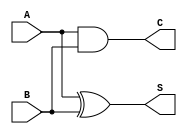
module ha (input A , B, output S, C);
//Structure Modelling
xor(S,A,B);
and(C,A,B);
///

// Data dlow modeling
//assign S = A^B;
//assign C= A&B;

//

endmodule